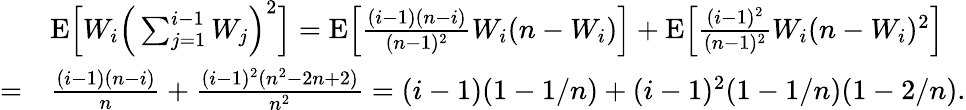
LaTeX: \begin{array}{rl}&{{\mathrm E}\Big[W_{i}\Big(\sum_{j=1}^{i-1}W_{j}\Big)^{2}\Big]={\mathrm E}\Big[\frac{(i-1)(n-i)}{(n-1)^{2}}W_{i}(n-W_{i})\Big]+{\mathrm E}\Big[\frac{(i-1)^{2}}{(n-1)^{2}}W_{i}(n-W_{i})^{2}\Big]}\\ {=}&{\frac{(i-1)(n-i)}{n}+\frac{(i-1)^{2}(n^{2}-2n+2)}{n^{2}}=(i-1)(1-1/n)+(i-1)^{2}(1-1/n)(1-2/n).}\end{array}